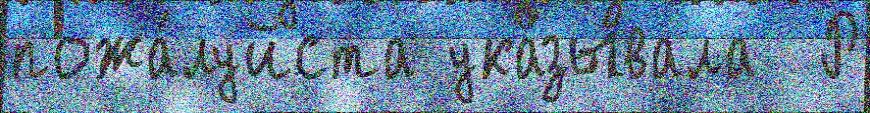
пожа́луйста ука́зывала  Р